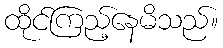
ထိုင်ကြည့်နေမိသည်။